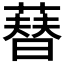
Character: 𦻘